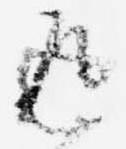
返